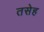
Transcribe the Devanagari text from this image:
तसेह